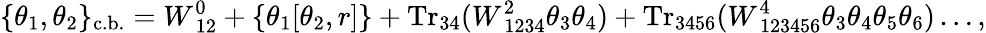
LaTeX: \{ \theta_{1},\theta_{2}\} _{\mathrm{c.b.}}=W_{~12}^{0}+\left\{ \theta_{1}[\theta_{2},r]\right\} +\mathrm{Tr}_{34}(W_{~1234}^{2}\theta_{3}\theta_{4})+\mathrm{Tr}_{3456}(W_{~123456}^{4}\theta_{3}\theta_{4}\theta_{5}\theta_{6})\ldots,